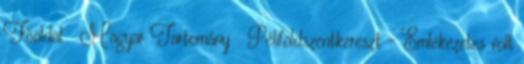
Főoldal Magyar Tartomány Péliföldszentkereszt – Emlékezetes volt